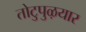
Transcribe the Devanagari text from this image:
तोटुपुऴयार